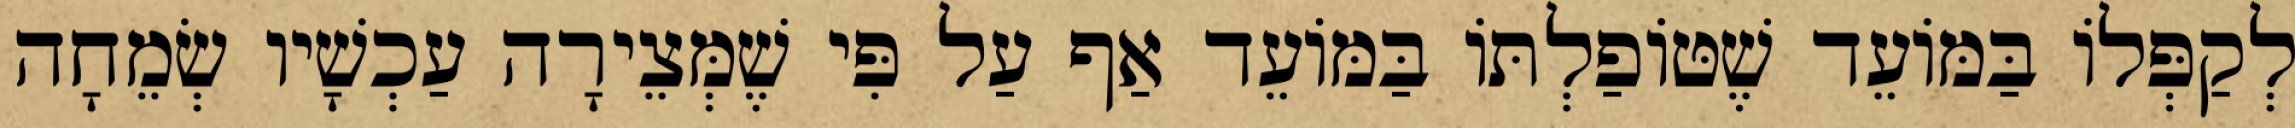
לְקַפְּלוֹ בַּמּוֹעֵד שֶׁטּוֹפַלְתּוֹ בַּמּוֹעֵד אַף עַל פִּי שֶׁמְּצֵירָה עַכְשָׁיו שְׂמֵחָה